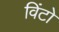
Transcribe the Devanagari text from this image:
विंटो